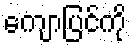
ကျောပြင်ကို